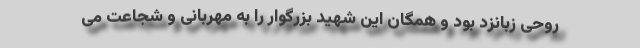
روحی زبانزد بود و همگان این شهید بزرگوار را به مهربانی و شجاعت می